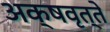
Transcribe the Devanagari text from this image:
अक्षवृत्ते